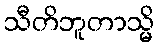
သီတိဘူတာသ္မိ